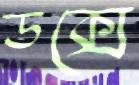
ডক্সে